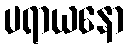
ပရာယနော